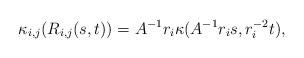
LaTeX: \begin{align*} \kappa_{i,j}(R_{i,j}(s,t)) = A^{-1}r_i \kappa(A^{-1}r_i s, r_i^{-2} t),\end{align*}